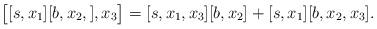
LaTeX: \begin{align*}\bigl[ [s, x_1] [b, x_2, ] , x_3 \bigr] = [s, x_1, x_3] [b, x_2] + [s, x_1] [b, x_2, x_3].\end{align*}